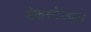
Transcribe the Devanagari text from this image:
बॅकस्टेजला